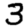
Digit: 3